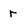
Character: r